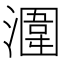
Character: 潿